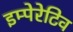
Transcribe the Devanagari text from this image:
इम्पेरेटिव